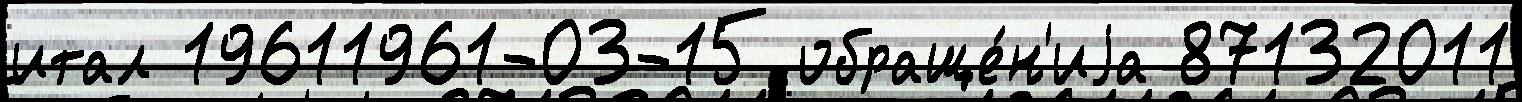
итал 19611961-03-15 обраще́н'иjа 87132011